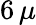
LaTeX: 6\, \mu